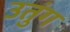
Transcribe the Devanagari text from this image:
उतुंग